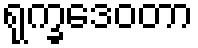
ရုက္ခဒေဝတာ